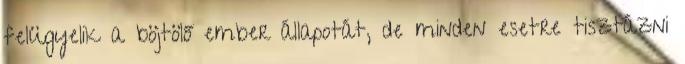
felügyelik a böjtölő ember állapotát, de minden esetre tisztázni